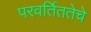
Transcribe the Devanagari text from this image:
परवर्तिततेचे